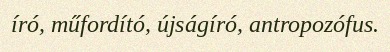
író, műfordító, újságíró, antropozófus.